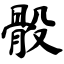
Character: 骰